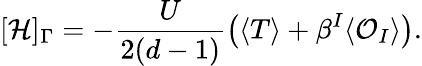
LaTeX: [\mathcal{H}]_{\Gamma}=-\frac{U}{2(d-1)}\left(\langle T\rangle+\beta^{I}\langle\mathcal{O}_{I}\rangle\right).